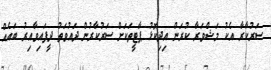
ސަރުކާރާ އެކު މަޝްވަރާ ކުރަން އިދިކޮޅު ޕާޓީތަކަށް ސަރުކާރުން ދައުވަތު ދީފައިވާއިރު ބައެއް